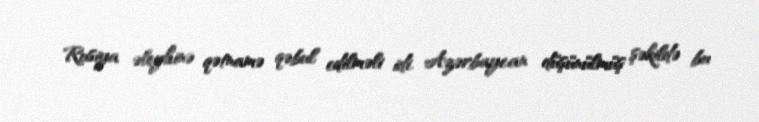
Rusiya əleyhinə qətnamə qəbul edilməli idi. Azərbaycan düşünülmüş şəkildə bu